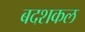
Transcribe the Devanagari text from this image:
बदशकल